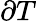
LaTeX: \partial T